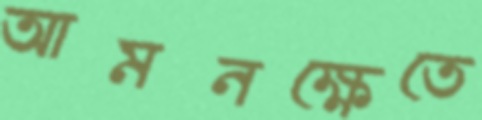
আমনক্ষেতে